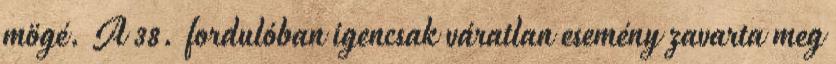
mögé. A 38. fordulóban igencsak váratlan esemény zavarta meg